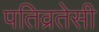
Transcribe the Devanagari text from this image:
पतिव्रतेसी